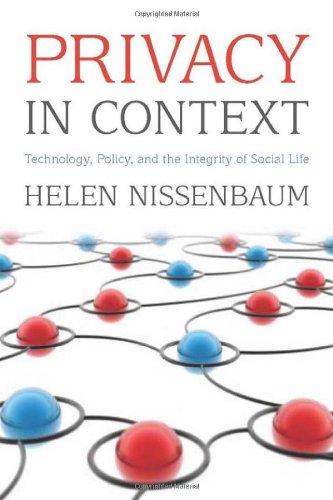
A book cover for Privacy in Context: Technology, Policy, and the Integrity of Social Life (Stanford Law Books); Helen Nissenbaum; Computers & Technology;